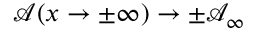
\mathcal { A } ( x \rightarrow \pm \infty ) \rightarrow \pm \mathcal { A } _ { \infty }